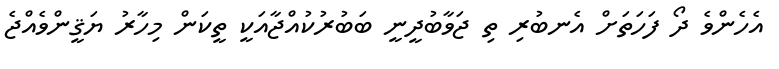
އެހެންވެ ދޯ ފަހަތަށް އެނބުރި ތި ޖަވާބުދީނީ ބަބުރުކުއްޖާއަކީ ތީކަން މިހާރު ޔަޤީންވެއްޖެ